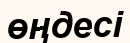
өңдесі